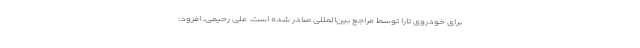
برای خودروی تارا توسط مراجع بین‌المللی صادر شده است. علی رحیمی، افزود: